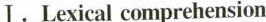
Ⅰ.Lexical comprehension